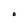
Character: O